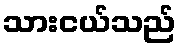
သားငယ်သည်